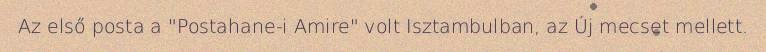
Az első posta a "Postahane-i Amire" volt Isztambulban, az Új mecset mellett.